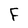
Character: F